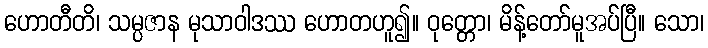
ဟောတီတိ၊ သမ္ပဇာန မုသာဝါဒဿ ဟောတဟူ၍။ ဝုတ္တော၊ မိန့်တော်မူအပ်ပြီ။ သော၊